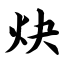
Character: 炔